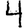
Digit: 4